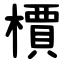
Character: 檟